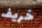
خريف